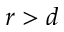
r > d